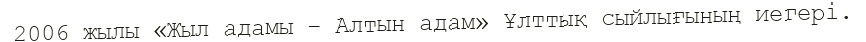
2006 жылы «Жыл адамы – Алтын адам» Ұлттық сыйлығының иегері.